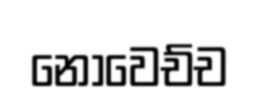
නොවෙච්ච